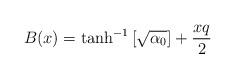
LaTeX: \begin{align*}B(x) = \tanh^{-1} \left[ \sqrt{\alpha_0} \right] +{x q\over{2}}\end{align*}